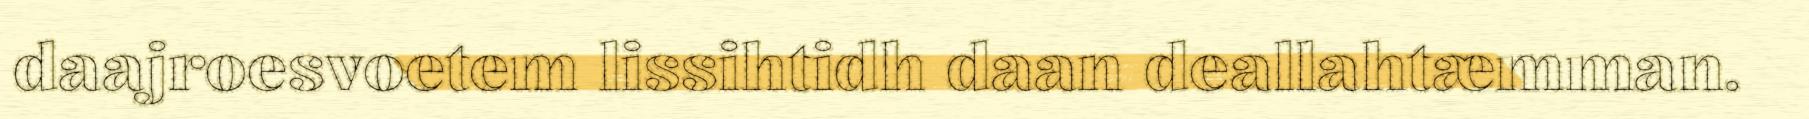
daajroesvoetem lissihtidh daan deallahtæmman.